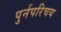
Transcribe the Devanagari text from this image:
पुर्नपरिचय